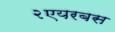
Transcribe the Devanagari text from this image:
२एयरबस